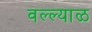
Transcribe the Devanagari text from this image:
वल्ल्याळ